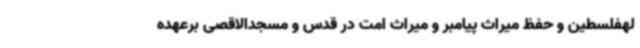
لهفلسطین و حفظ میراث پیامبر و میراث امت در قدس و مسجدالاقصی برعهده